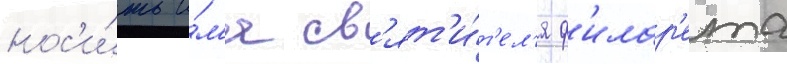
нос'и́ть и́м'я св'ят'и́т'ел'я ф'илар'ета